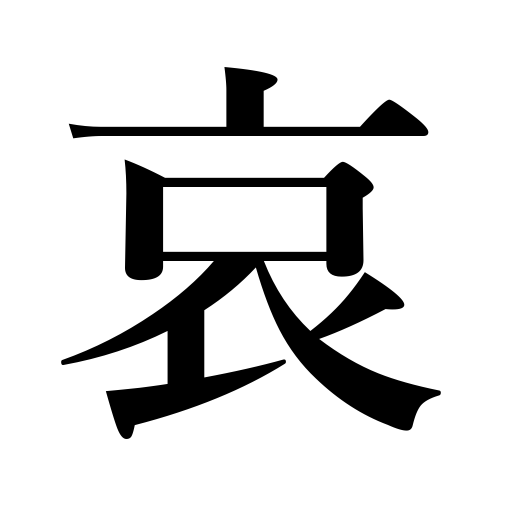
Meanings: sympathize with,sorrow,have mercy on,pity,grief,misery,pathos,compassion